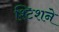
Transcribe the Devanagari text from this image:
श्टिशने